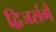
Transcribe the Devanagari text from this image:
द्विजसंगें